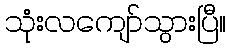
သုံးလကျော်သွားပြီ။